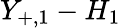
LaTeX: Y_{+,1}-H_{1}